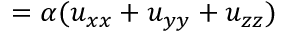
= \alpha ( u _ { x x } + u _ { y y } + u _ { z z } ) \quad